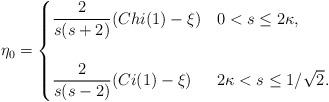
LaTeX: \begin{align*} \eta_{0}& = \begin{cases} \dfrac{2}{s(s+2)}( Chi(1) - \xi ) & 0 < s \leq 2\kappa, \\ & \\ \dfrac{2}{s(s-2)}( Ci(1) - \xi ) & 2 \kappa < s \leq 1/\sqrt{2}. \end{cases}\end{align*}